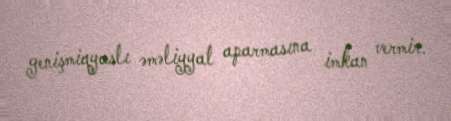
genişmiqyaslı əməliyyat aparmasına imkan vermir.